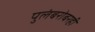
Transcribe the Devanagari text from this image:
पुलंबरोबरही